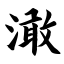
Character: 澉